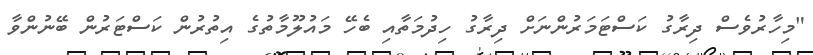
"މިހާރުވެސް ދިރާގު ކަސްޓަމަރުންނަށް ދިރާގު ހިދުމަތާއި ބެހޭ މައުލޫމާތުގެ އިތުރުން ކަސްޓަރުން ބޭނުންވާ